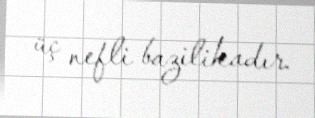
üç nefli bazilikadır.